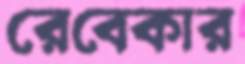
রেবেকার